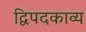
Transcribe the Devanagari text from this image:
द्विपदकाव्य